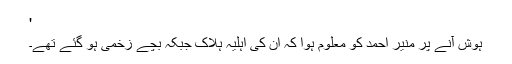
'
ہوش آنے پر منیر احمد کو معلوم ہوا کہ ان کی اہلیہ ہلاک جبکہ بچے زخمی ہو گئے تھے۔